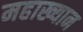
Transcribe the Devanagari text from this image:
महाख्यान